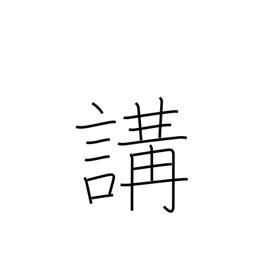
Meaning: club